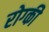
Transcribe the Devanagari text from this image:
रोग्की